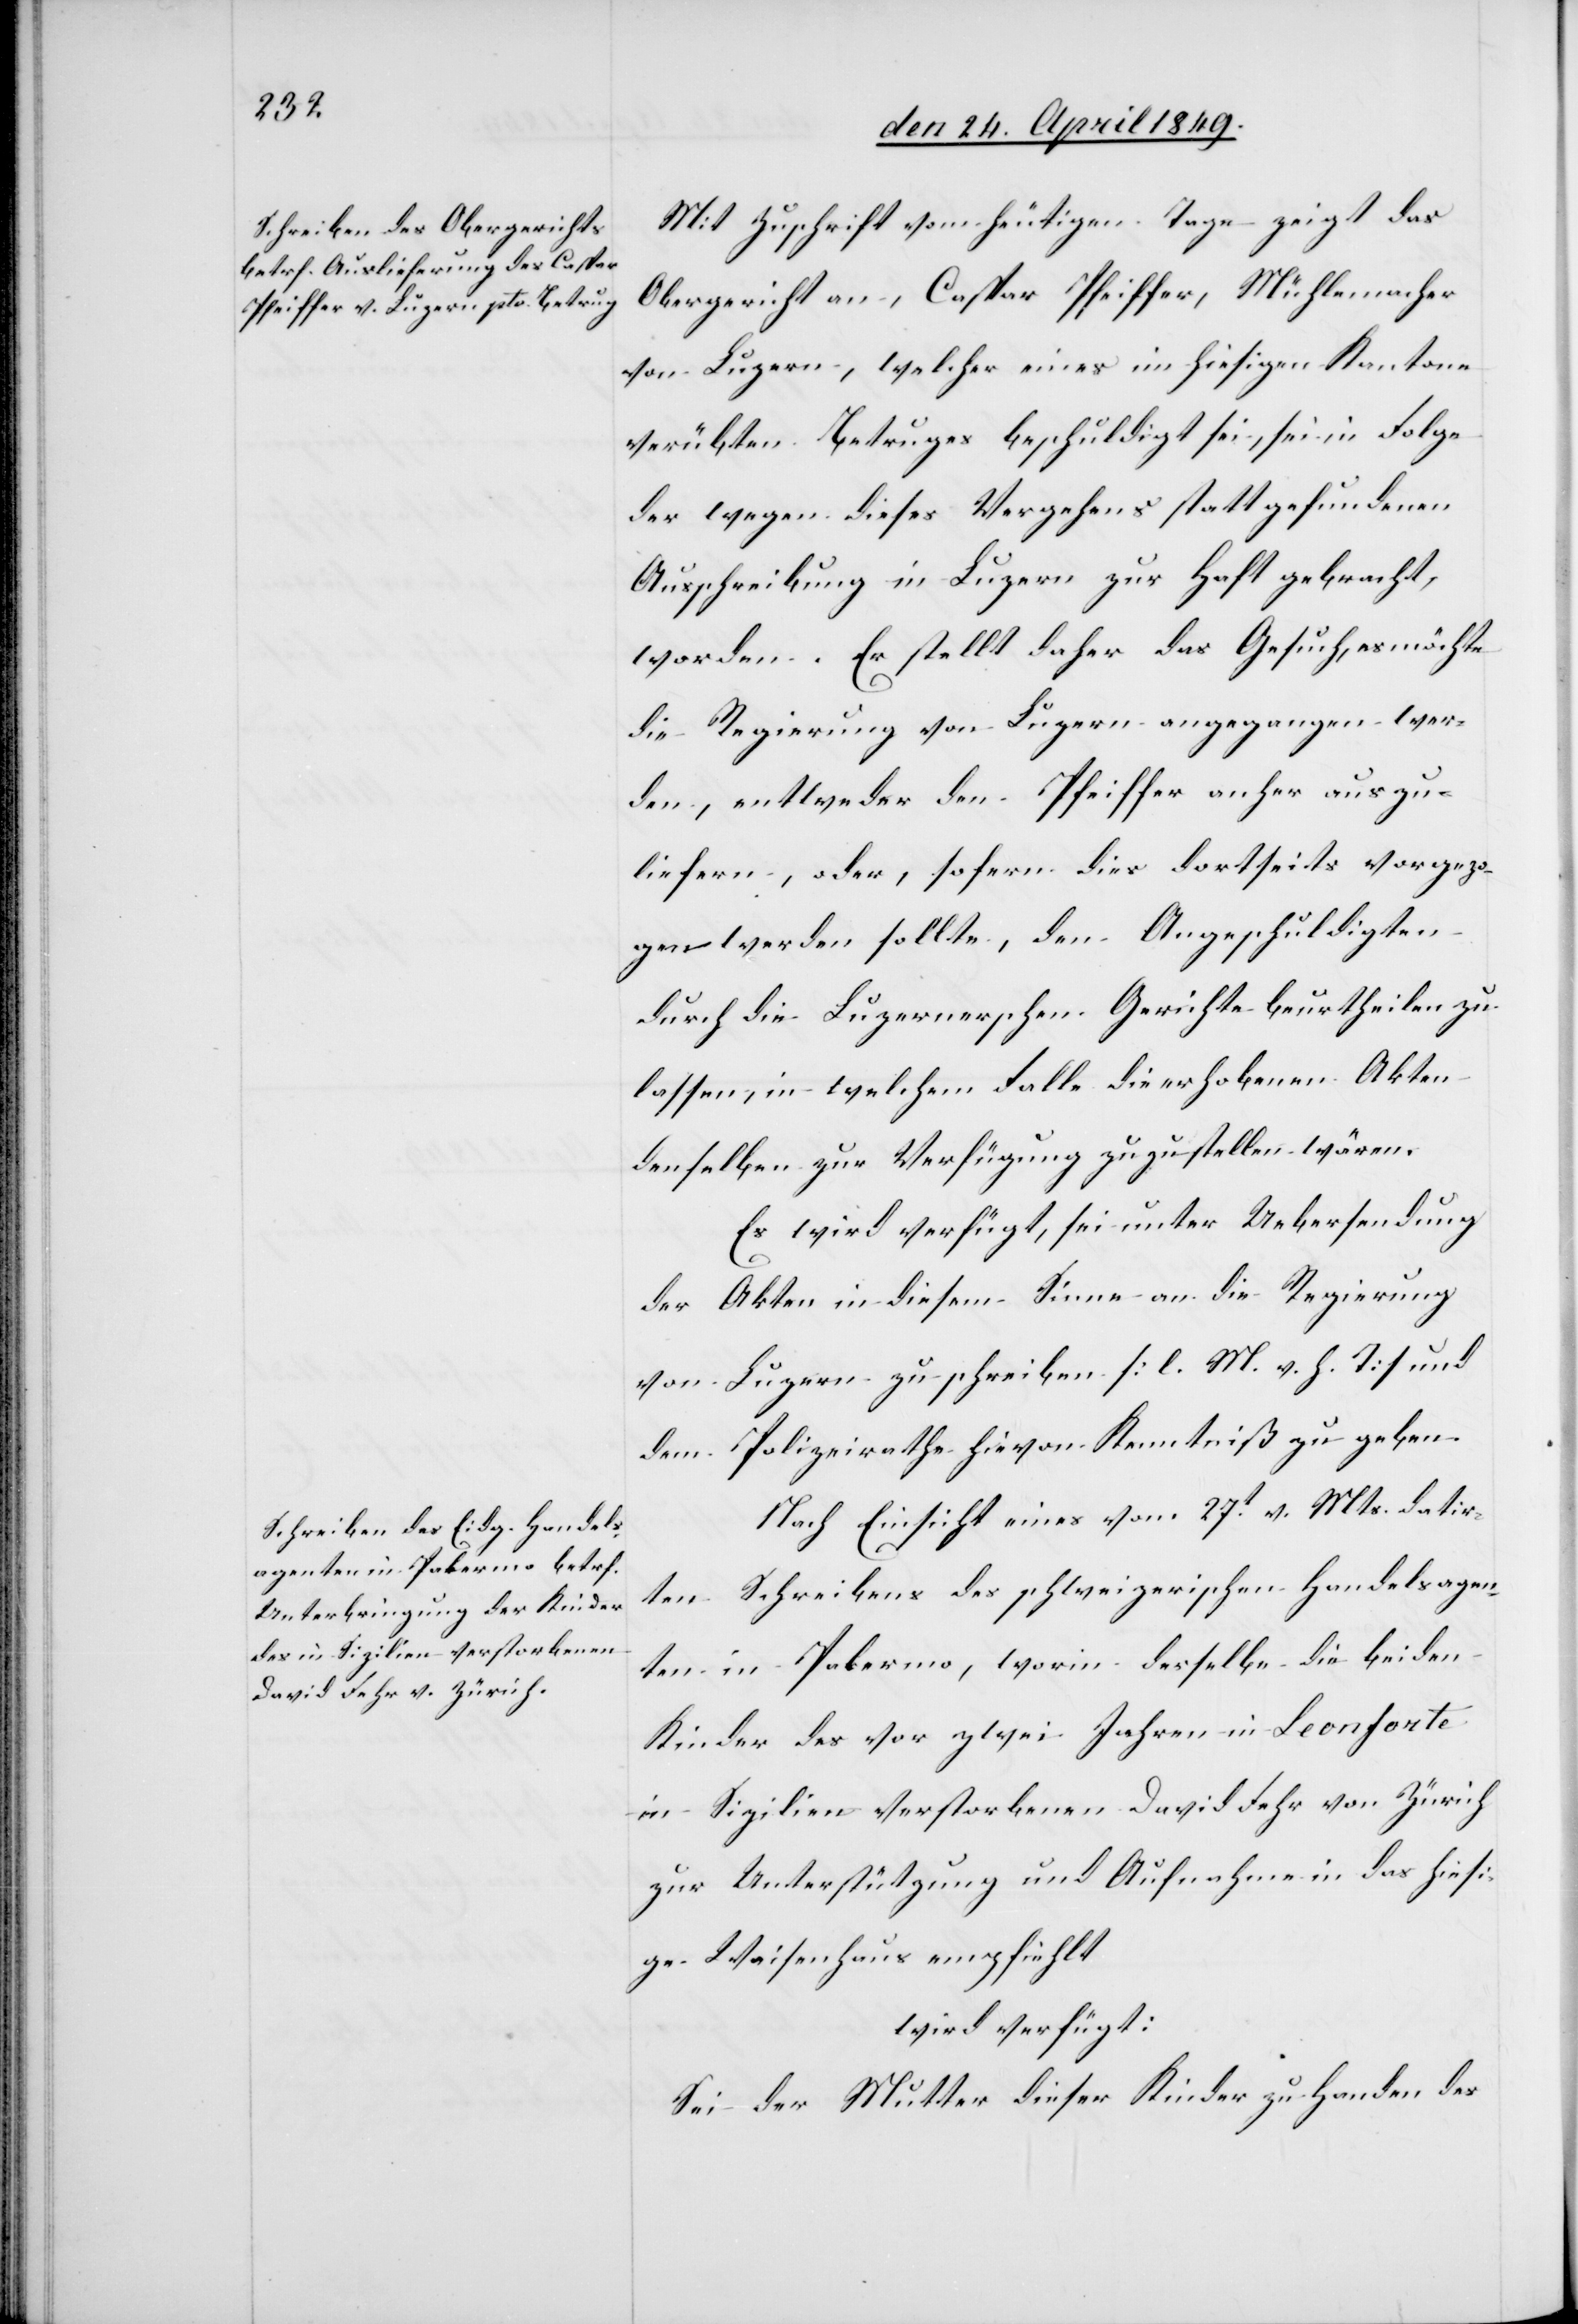
den 26. April 1849.]
Mit Zuschrift vom heutigen Tage zeigt das
Obergericht an, Caspar Pfeiffer, Mühlemacher
von Luzern, welcher eines im hiesigen Kantone
verübten Betruges beschuldigt sei, sei in Folge
der wegen dieses Vergehens stattgefundenen
Ausschreibung in Luzern zur Haft gebracht,
worden. Er stellt daher das Gesuch, es möchte
die Regierung von Luzern angegangen wer¬
den, entweder den Pfeiffer anher auszu¬
liefern, oder, sofern dies dortseits vorgezo¬
gen werden sollte, den Angeschuldigten
durch die Luzernerschen Gerichte beurtheilen zu
lassen, in welchem Falle die erhobenen Akten
denselben zur Verfügung zuzustellen wären.
Es wird verfügt, sei unter Uebersendung
der Akten in diesem Sinne an die Regierung
von Luzern zu schreiben [l. M. h. T] und
dem Polizeirathe hievon Kenntniß zu geben.
Nach Einsicht eines vom 27t v. Mts. datir¬
ten Schreibens des schweizerischen Handelsagen¬
ten in Palermo, worin derselbe die beiden
Kinder des vor zwei Jahren in Leonforte
in Sizilien verstorbenen David Fehr von Zürich
zur Unterstützung und Aufnahme in das hiesi¬
ge Waisenhaus empfiehlt
wird verfügt:
Sei der Mutter dieser Kinder zu Handen des